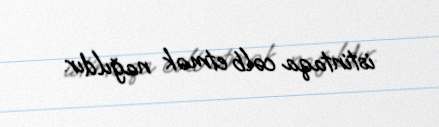
istintaqa cəlb etmək nağıldır.